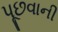
પૂછવાની